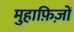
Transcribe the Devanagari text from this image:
मुहाफ़िज़ों